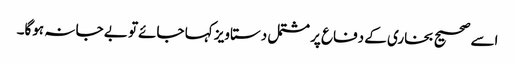
اسے صحیح بخاری کے دفاع پر مشتمل دستاویز کہا جائےتو بے جا نہ ہوگا۔